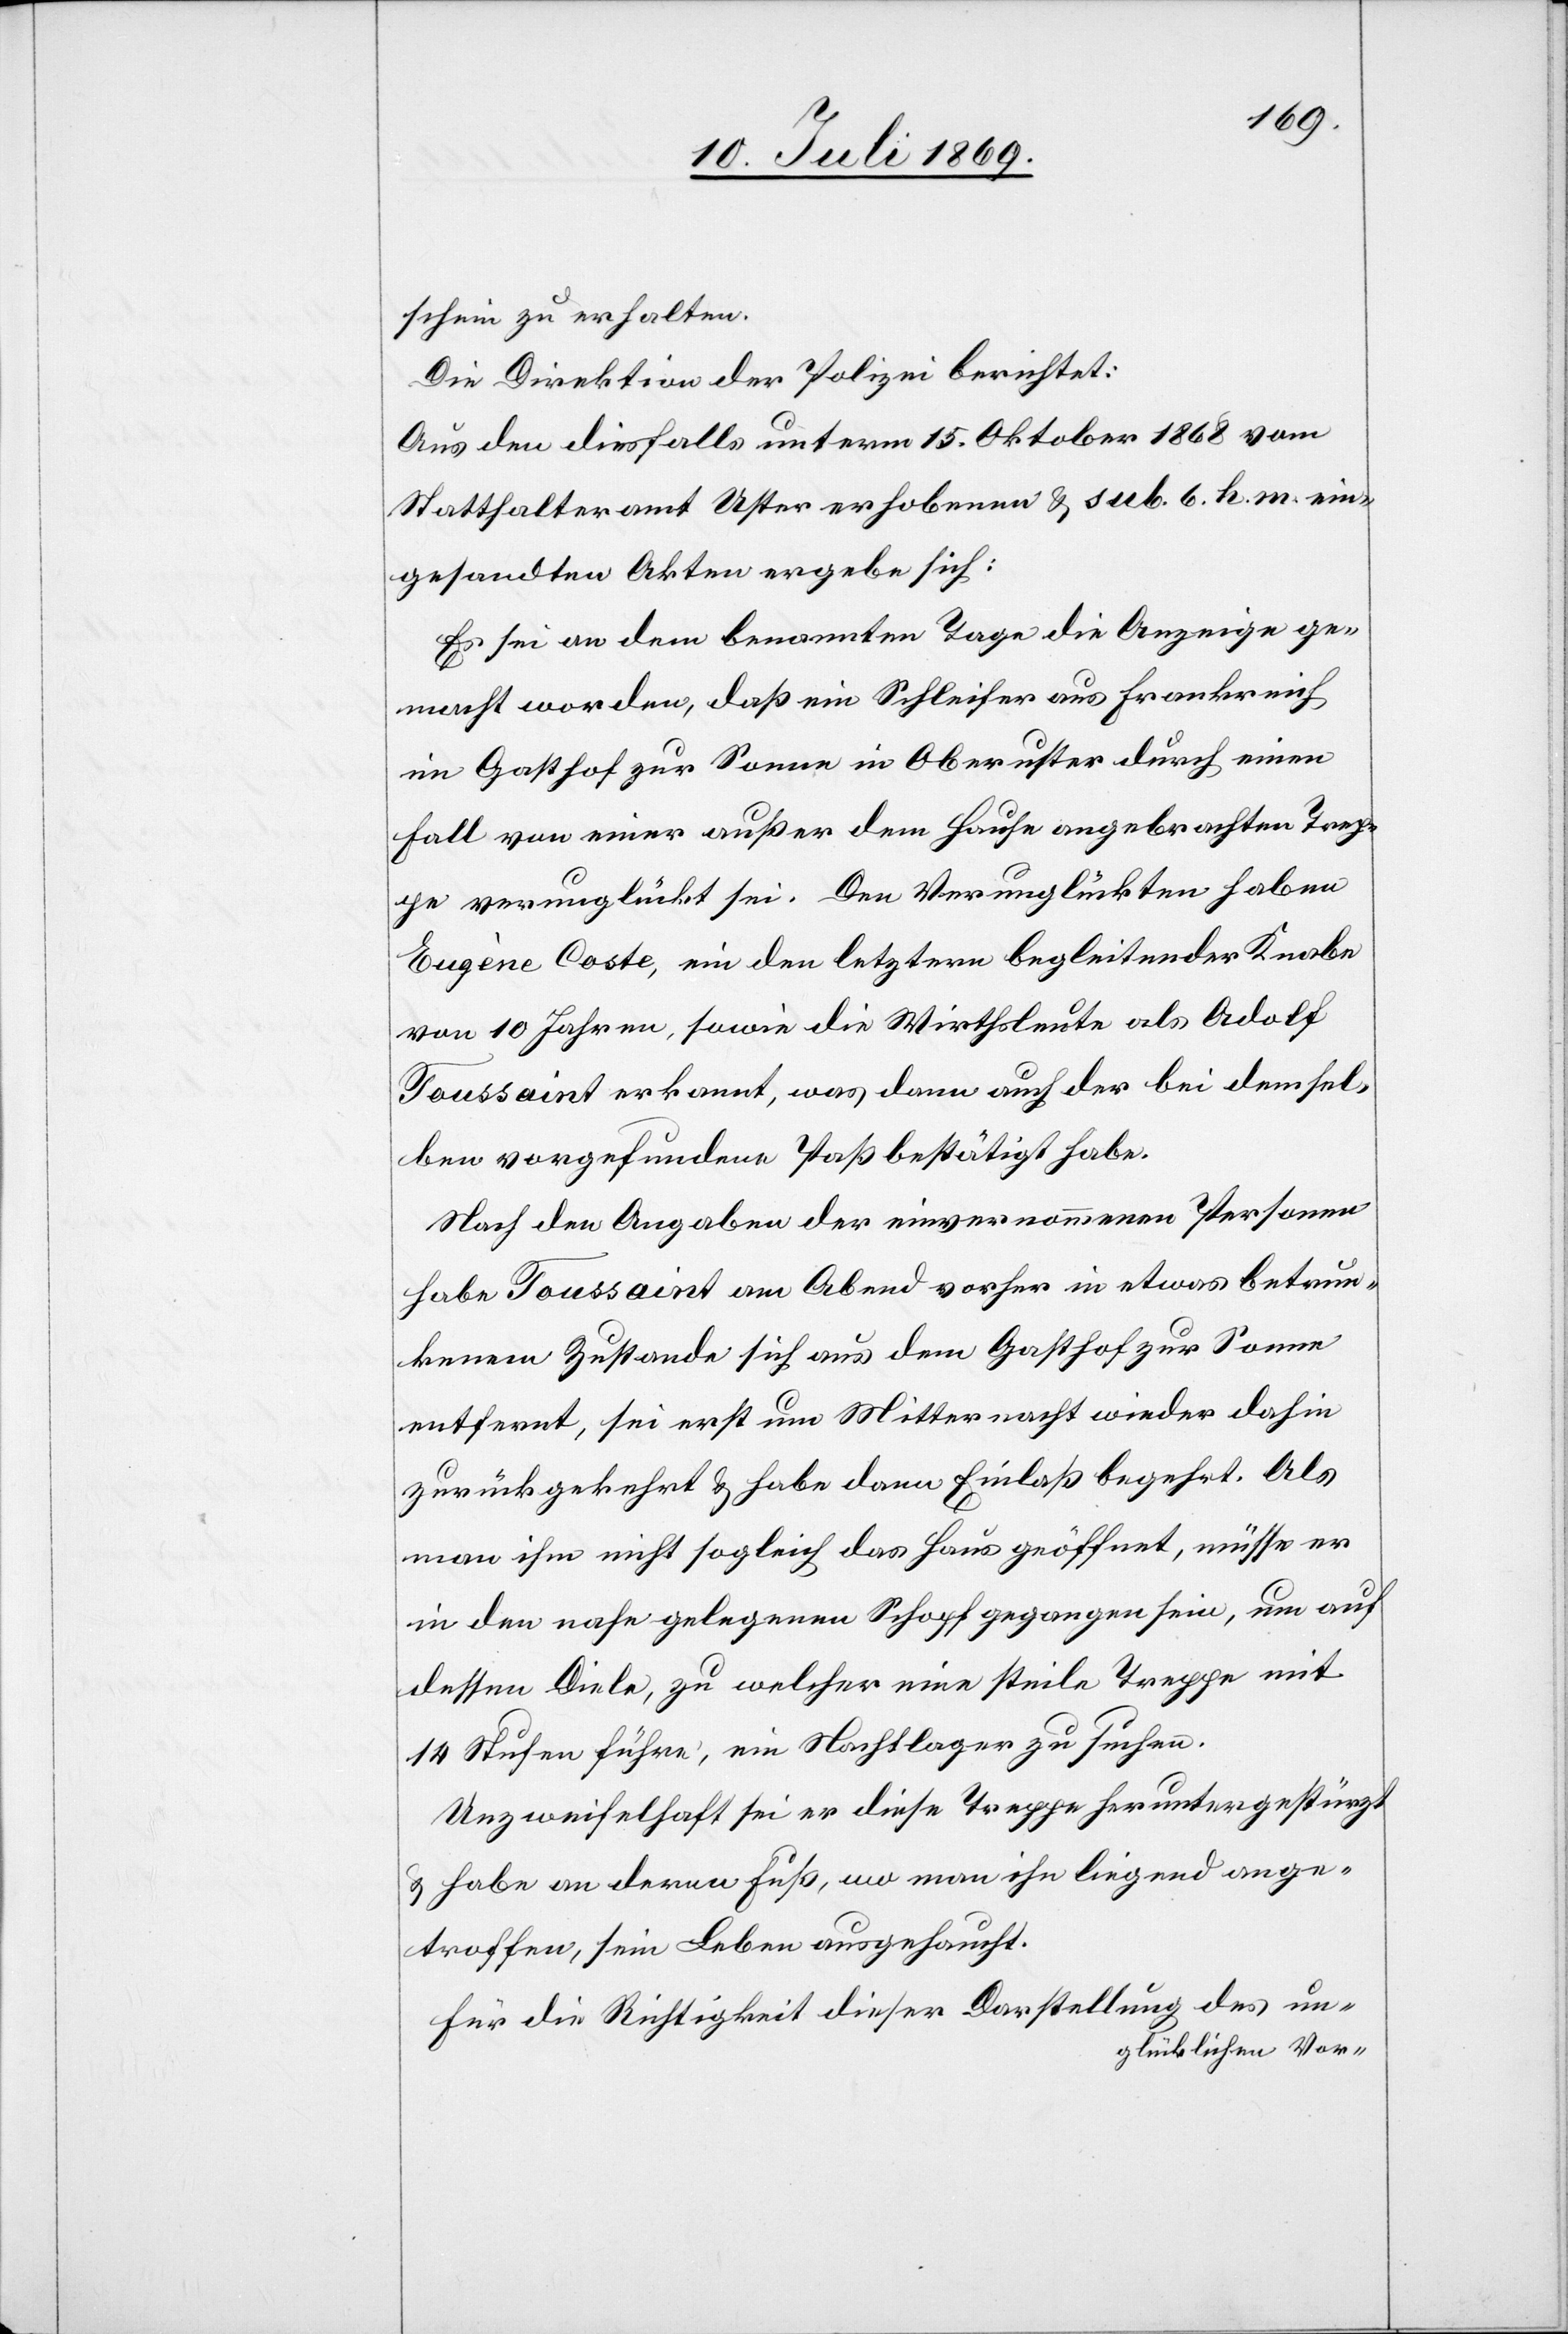
schein zu erhalten.
Die Direktion der Polizei berichtet:
Aus den diesfalls unterm 15 Oktober 1868 vom
Statthalteramt Uster erhobenen u. sub. 6. h. m. ein¬
gesandten Akten ergebe sich:
Es sei an dem benannten Tage die Anzeige ge¬
macht worden, daß ein Schleifer aus Frankreich
im Gasthof zur Sonne in Oberuster durch einen
Fall von einer außer dem Hause angebrachten Trep¬
pe verunglückt sei. Den Verunglückten haben
Eugène Coste, ein den letztern begleitender Knabe
von 10 Jahren, sowie die Wirthsleute als Adolf
Toussaint erkannt, was dann auch der bei demsel¬
ben vorgefundene Paß bestätigt habe.
Nach den Angaben der einvernommenen Personen
habe Toussaint am Abend vorher in etwas betrun¬
kenem Zustande sich aus dem Gasthof Sonne
entfernt, sei erst um Mitternacht wieder dahin
zurückgekehrt u. habe dann Einlaß begehrt. Als
man ihm nicht sogleich das Haus geöffnet, müsse er
in den nahegelegenen Schopf gegangen sein, um auf
dessen Diele, zu welcher eine steile Treppe mit
14 Stufen führe, ein Nachtlager zu suchen.
Unzweifelhaft sei er diese Treppe heruntergestürzt
u. habe an deren Fuß, wo man ihn liegend ange¬
troffen, sein Leben ausgehaucht.
Für die Richtigkeit dieser Darstellung des un¬
glücklichen Vor-